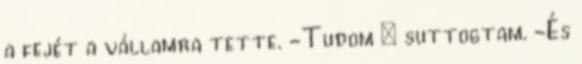
a fejét a vállamra tette. -Tudom – suttogtam. -És